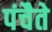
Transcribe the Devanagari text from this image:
पंचैते